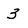
Character: 3